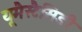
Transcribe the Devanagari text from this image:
यूमैस्टैसिडी